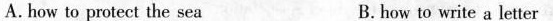
A.how to protect the sea B. how to write a letter